Report on sanitation, dispensaries, and jails in Rajputana for 1917, and on vaccination for the year 1917-1918 - 1917-1918
Year: 1917
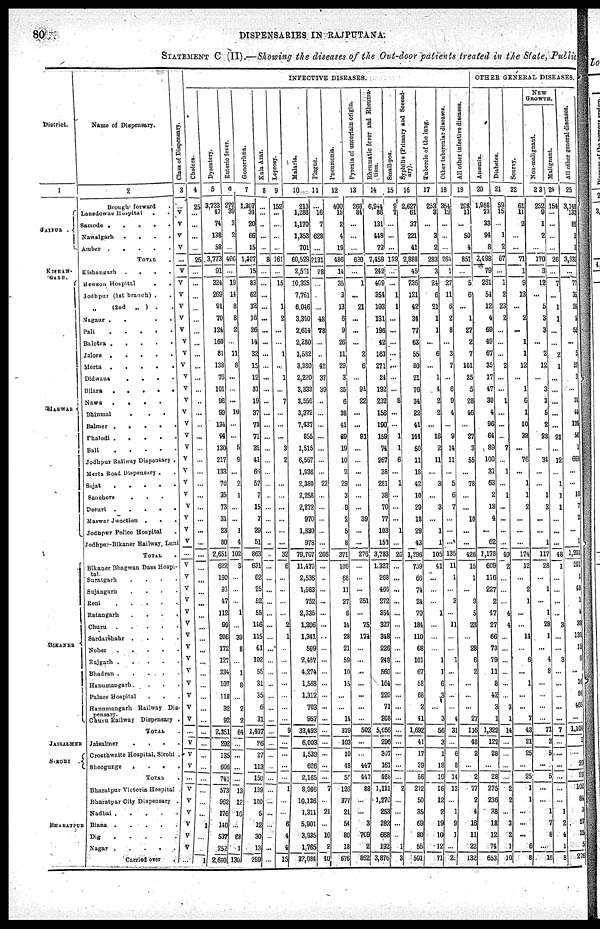
80
DISPENSARIES IN RAJPUTANA.
STATEMENT C (II).—Showing the diseases of the Out-door patients treated in the State, Public
District.
1
JAIPUR .
KISHAN¬
GARH.
MARWAR
BIKANER
JAISALMER
SIROHI
BHARATPUR
Name of Dispensary.
2
Brought forward
Lansdowne Hospital . .
Samode .
.
.
.
.
Nawalgarh
.
.
.
.
Amber . . . . .
TOTAL .
Kishangarh .
.
.
.
Benson Hospital
. .
Jodhpur (1st branch) . .
„
(2nd
„ ) . .
Nagaur .
. . .
Pali
.
.
.
.
.
Balotra .
.
.
.
.
Jalore .
.
.
.
.
Merta . . . . .
Didwana
.
.
. . .
Bilara
.
.
.
.
.
Nawa
.
. . . .
Bhinmal
.
.
.
Balmer
.
.
. . .
Phalodi .
.
.
.
.
Bali . . . . .
Jodhpur Raliwray Dispensary .
Merta Road Dispensary . .
Sojat
.
.
.
.
.
Sanchore
. . . . .
Desuri .
.
.
.
.
Marwar Junction .
. .
Jodhpur Police Hospital .
Jodhpur-Bikaner Railway, Luni
TOTAL .
Bikaner Bhagwan Dass Hospi¬
tal
Suratgarh
. . . . .
Sujangarh . . . . .
Reni
. . . . .
Ratangarh . . . .
Churu
. . . . .
Sardarshahr .
.
.
.
Noher . . . . . .
Rajgarh .
.
.
.
.
Bhadran . . . . .
Hanumangarh . . . . .
Palace Hospital . . .
Hanumangarh Railway Dis¬
pensary.
Churu Railway Dispensary .
TOTAL .
Jaisalmer
. . . .
Crosthwaite Hospital, Sirohi .
Sheogunge
.
.
.
.
TOTAL .
Bharatpur Victoria Hospital .
Bharatpur City Dispensary .
Nadbai . . . . .
Biana .
.
.
.
.
Dig . . . . .
Nagar . . . . .
Carried over
.
Class
of Dispensary.
3
...
V
V
V
V
...
V
V
V
V
V
V
V
V
V
V
V
V
V
V
V
V
V
V
V
V
V
V
V
V
...
V
V
V
V
V
V
V
V
V
V
V
V
V
V
...
V
V
V
...
V
V
V
V
V
V
...
INFECTIVE DISEASES.
Cholera.
4
25
...
...
...
...
25
...
...
...
...
...
...
...
...
...
...
...
...
...
...
...
...
...
...
...
...
...
...
...
...
...
...
...
...
...
...
...
...
...
...
...
...
...
...
...
...
...
...
...
...
...
...
...
1
...
...
1
Dysentery.
5
3,733
47
74
138
58
3,773
91
324
269
91
70
124
160
81
138
76
101
98
99
134
94
130
217
133
70
35
73
31
23
80
2,651
622
190
93
47
112
99
206
172
127
334
107
118
32
92
2,351
292
135
606
741
573
962
176
140
537
252
2,610
Enteric fever.
6
272
39
3
2
...
406
...
19
14
8
8
2
...
11
8
...
...
...
10
...
...
5
9
...
2
1
...
...
1
4
102
3
...
...
...
1
...
39
8
...
1
8
...
2
2
64
...
...
...
...
13
12
16
...
88
1
130
Gonorrhœa.
7
1,367
34
20
66
15
1,107
15
83
62
32
16
26
14
32
15
12
31
19
37
73
71
32
41
66
57
7
15
7
29
51
863
631
62
25
52
55
116
115
61
102
55
31
35
6
31
1,407
26
37
113
150
139
100
5
12
30
13
299
Kala Azar.
8
...
...
...
...
...
8
...
...
...
...
...
...
...
...
...
...
...
...
...
...
...
...
...
...
...
...
...
...
...
...
...
...
...
...
...
...
...
...
...
...
...
...
...
...
...
...
...
...
...
...
...
...
...
...
...
...
...
Leprosy.
9
152
...
...
...
...
161
...
15
...
1
2
...
...
1
...
1
...
7
...
...
...
3
2
...
...
...
...
...
...
...
32
6
...
...
...
...
2
1
...
...
...
...
...
...
...
9
...
...
...
...
1
...
...
6
4
4
15
Malaria.
10
213
1,288
1,170
1,353
701
60,529
2,5611
10,325
7,761
6,046
3,340
2,614
2,280
1,582
3,380
2,220
3,333
3,556
3,372
7,437
855
1,515
6,567
1,936
2,380
2,258
2,272
970
1,830
978
79,707
11,470
2,536
1,983
752
2,335
1,206
1,341
599
2,457
4,274
1,568
1,312
703
957
33,493
6,003
1,539
626
2,165
8,986
10,136
1,311
5,901
3,935
1,765
32,084
Plague.
11
...
16
7
628
...
2131
28
...
...
...
48
78
...
...
42
37
39
...
...
...
...
...
...
...
22
...
...
...
...
...
266
...
...
...
...
...
...
...
...
...
...
...
...
...
...
...
...
...
...
...
7
...
21
...
10
2
40
Pneumonia.
12
400
15
2
4
19
486
14
35
3
13
6
9
26
11
29
3
35
6
38
41
89
19
10
2
29
3
9
2
5
8
371
106
68
11
27
6
14
28
21
59
10
15
...
...
14
379
103
10
48
50
126
377
21
54
80
18
676
Pyrexia of uncertain origin.
13
268
84
...
...
...
630
...
1
...
21
...
...
...
2
6
...
94
22
...
...
91
...
...
...
...
...
...
39
...
...
276
...
...
...
251
...
75
174
...
...
...
...
...
...
...
502
...
...
447
447
88
...
...
3
709
2
862
Rheumatic fever and Rheuma¬
tism.
14
6,944
86
131
448
72
7,459
242
409
354
103
131
196
42
163
271
24
192
232
156
190
159
74
267
38
281
38
70
77
103
153
3,783
1,327
268
466
272
354
327
348
226
248
560
164
220
71
208
5,056
296
307
161
468
1,111
1,270
253
382
668
192
3,876
Small-pox.
15
9
7
...
...
...
139
...
...
1
1
...
...
...
...
...
...
...
8
...
...
1
1
6
...
1
...
...
...
1
...
20
...
...
...
...
...
...
...
...
...
...
...
...
...
...
...
...
...
...
...
2
...
...
...
...
1
3
Syphilis (Primary and Second¬
ary).
16
2,627
61
37
221
41
2,888
45
236
121
42
34
77
63
55
80
21
76
34
22
41
144
50
11
18
42
10
29
18
29
43
1,296
759
66
74
24
70
184
110
68
101
67
58
68
2
41
1,692
41
17
39
56
212
50
35
69
80
55
501
Tubercle of the lung.
17
253
3
...
3
2
283
3
24
6
21
1
1
...
6
...
1
4
2
2
...
16
2
11
...
3
...
3
...
1
1
105
41
...
...
...
1
...
...
...
1
1
6
3
...
3
56
3
1
18
19
16
...
2
19
10
12
71
Other tubercular diseases.
18
354
12
...
...
...
264
1
27
11
6
2
8
...
3
7
...
6
9
4
...
9
14
11
...
5
6
7
...
...
...
135
11
1
...
3
...
11
...
...
1
...
...
...
...
4
31
...
6
8
14
12
...
1
9
1
...
2
All
other infective diseases.
19
298
11
...
50
4
851
...
5
6
...
1
27
2
7
101
25
5
28
46
...
27
3
55
...
78
...
...
10
...
...
426
15
1
...
9
5
23
...
28
6
2
...
...
...
27
116
48
2
...
2
77
2
4
16
11
22
132
OTHER GENERAL DISEASES
Anæmia.
20
1,958
23
33
94
8
2,498
79
261
54
12
4
69
49
67
35
17
47
30
4
96
64
89
100
31
63
2
18
4
...
62
1,178
609
116
227
2
47
27
66
73
79
11
8
42
3
1
1,322
122
28
...
28
275
236
38
18
12
74
653
Diabetes.
21
59
15
...
1
2
67
...
1
2
23
2
...
...
...
2
...
...
1
...
...
...
7
...
1
...
1
...
...
...
...
40
2
...
...
...
4
4
...
...
...
...
...
...
3
1
14
...
...
...
...
2
2
...
3
2
1
10
Scurvy.
22
61
11
2
...
...
71
1
9
13
...
2
...
1
1
12
...
1
6
1
10
38
...
76
...
1
1
2
...
...
...
174
12
...
2
1
...
...
14
... 6
...
1
...
...
7
43
21
25
...
25
1
...
...
...
...
6
8
NEW
GROWTH.
Non-malignant.
23
252
9
1
2
...
170
3
12
...
5
3
3
...
2
12
...
3
3
5
2
28
...
34
...
...
1
3
...
...
1
117
28
...
1
...
1
28
1
...
4
8
...
...
...
...
71
3
5
...
5
...
...
...
7
...
...
16
Malignant.
24
154
...
...
...
...
26
...
7
...
1
1
...
...
2
1
...
...
...
...
...
21
...
12
...
1
1
1
...
...
...
48
1
...
...
...
...
3
...
...
3
...
...
...
...
...
7
...
...
...
...
...
...
...
2
...
1
8
All other general diseases.
25
3,149
130
85
3
3
3,832
...
77
35
26
9
51
...
5
57
3
...
14
44
126
56
1
669
...
...
18
7
2
...
1
1,201
291
1
48
1
4
39
131
15
9
...
16
84
465
...
1,104
...
...
20
20
102
84
3
57
25
5 276